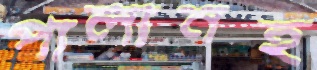
পালানহ